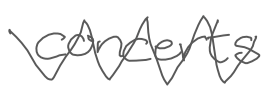
Text: concerts
Cross-out: zig-zag
Writing tool: digital_gray